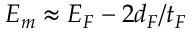
{ \cal E } _ { m } \approx { \cal E } _ { F } - 2 d _ { F } / t _ { F }